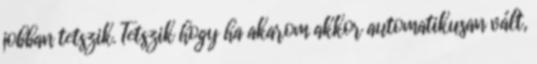
jobban tetszik. Tetszik hogy ha akarom akkor automatikusan vált,